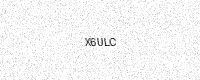
Text: X6ULC